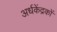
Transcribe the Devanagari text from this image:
अर्धकेंद्रकों